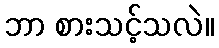
ဘာ စားသင့်သလဲ။